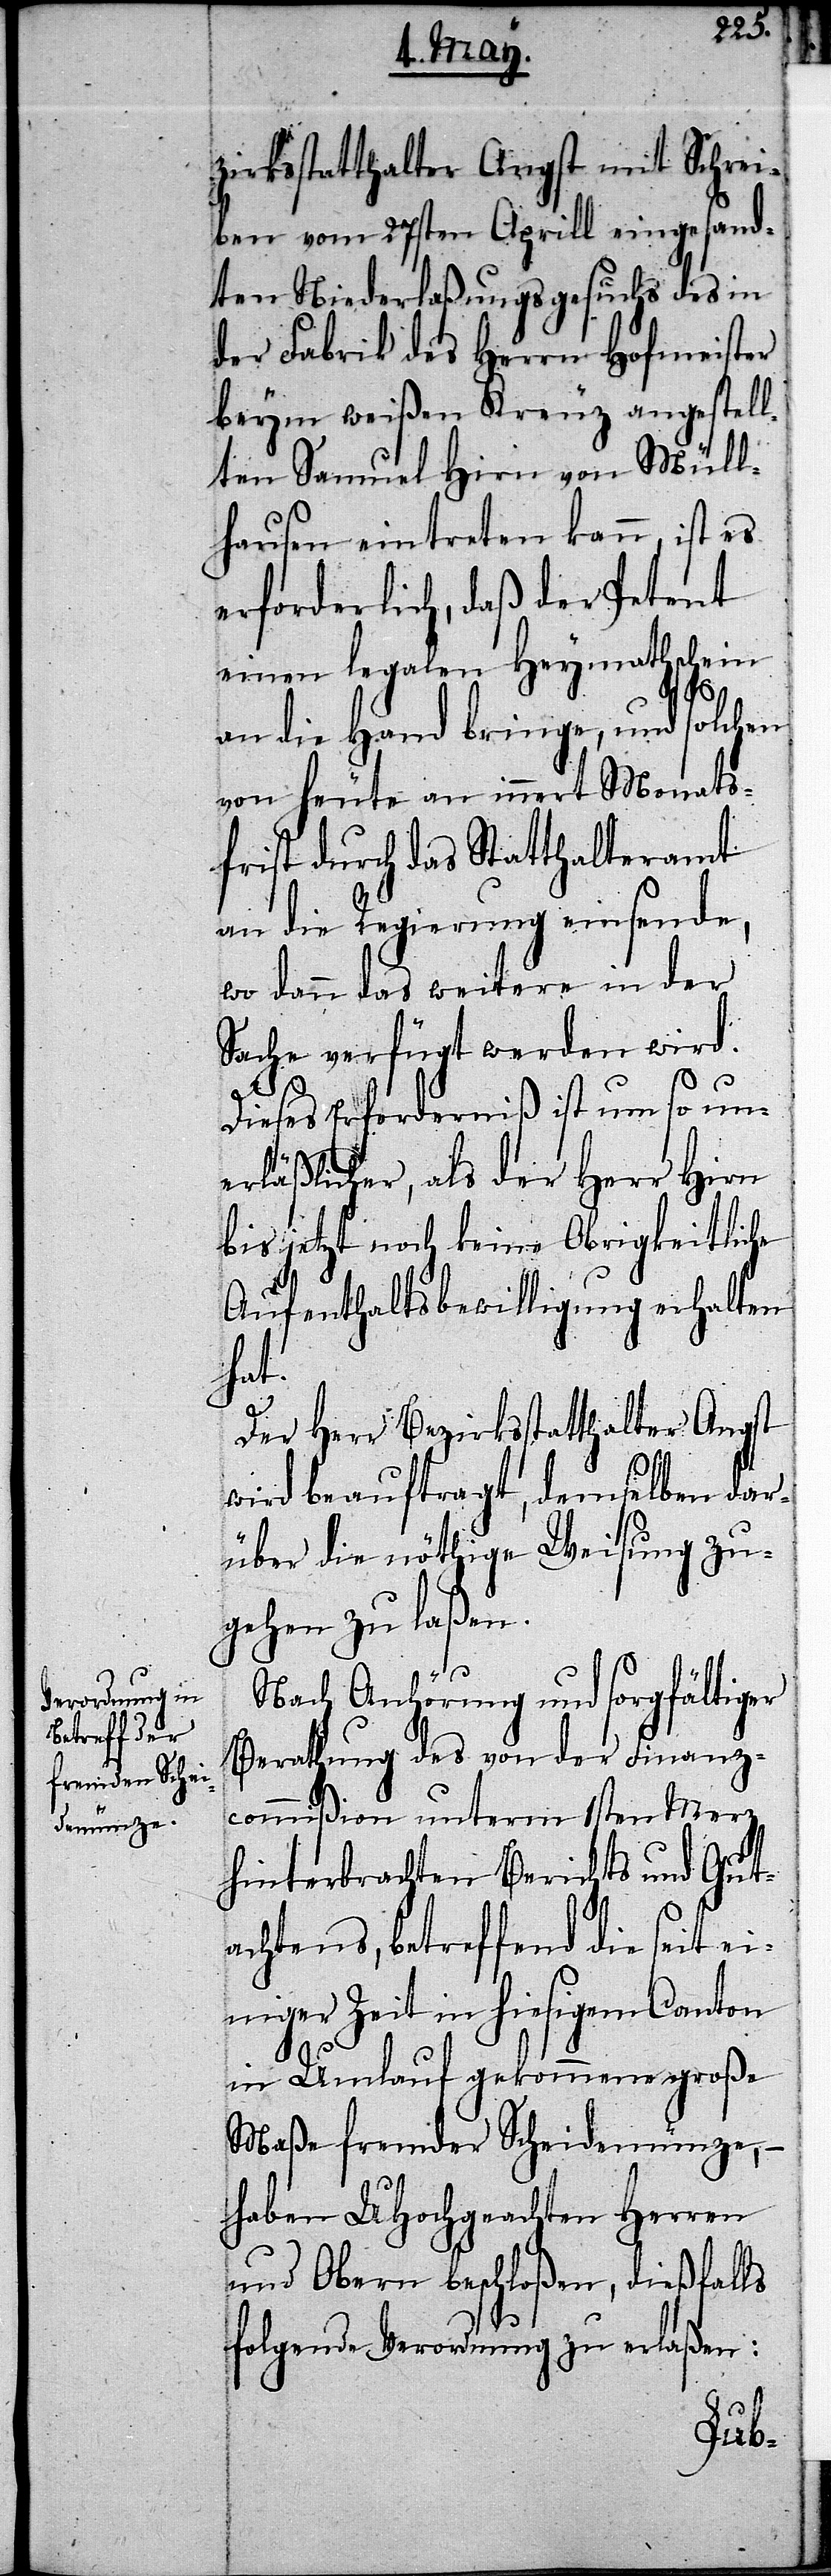
zirksstatthalter Angst mit Schrei¬
ben vom 27sten Aprill eingesand¬
ten Niederlaßungsgesuchs des in
der Fabrik des Herrn Hofmeister
beym weißen Kreuz angestell¬
ten Samuel Hirn von Müll¬
hausen eintreten kann, ist es
erforderlich, daß der Petent
einen legalen Heymathschein
an die Hand bringe, und solchen
von heute an innert Monats¬
frist durch das Statthalteramt
an die Regierung einsende,
wo dann das weitere in der
Sache verfügt werden wird.
Dieses Erforderniß ist um so un¬
erläßlicher, als der Herr Hirn
bis jetzt noch keine Obrigkeitliche
Aufenthaltsbewilligung erhalten
hat.
Der Herr Bezirksstatthalter Angst
wird beauftragt, demselben dar¬
über die nöthige Weisung zu¬
gehen zu laßen.
Nach Anhörung und sorgfältiger
Berathung des von der Finanz¬
commißion unterm 1sten Merz
hinterbrachten Berichts und Gut¬
achtens, betreffend die seit ei¬
niger Zeit in hiesigem Canton
in Umlauf gekommene große
Maße fremder Scheidemünze,
haben UHochgeachten Herren
und Obern beschloßen, dießfalls
folgende Verordnung zu erlaßen: